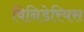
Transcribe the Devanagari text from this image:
विनिडेरियस